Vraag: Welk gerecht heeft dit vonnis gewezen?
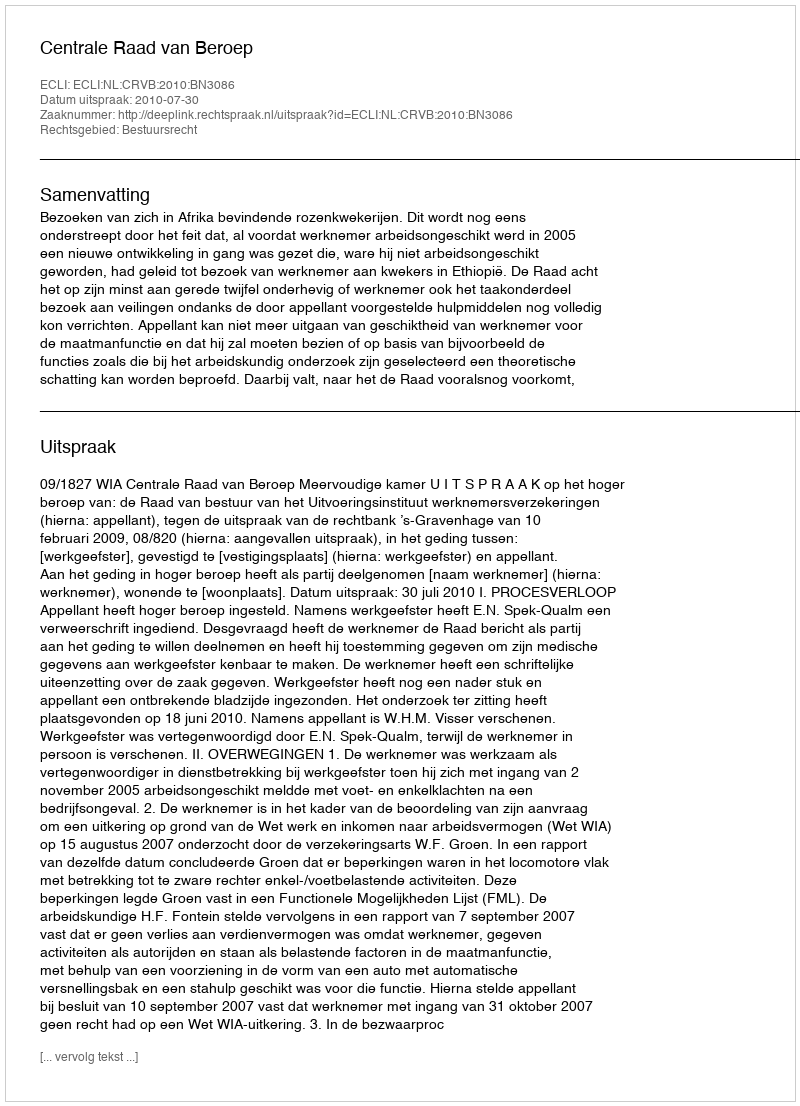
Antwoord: Centrale Raad van Beroep